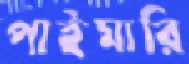
পাইমারি